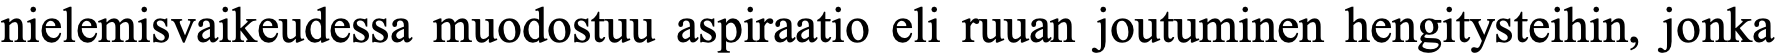
nielemisvaikeudessa muodostuu aspiraatio eli ruuan joutuminen hengitysteihin, jonka